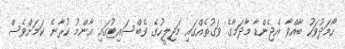
ހޯމަދުވަހު ބާއްވާ އެޖެންޑާ މާދަމާގެ ވަގުތެއްގައި މަޖިލީހުގެ ވެބްސައިޓުގައި އާންމު ކުރާނެ ކަމަށްވެސް